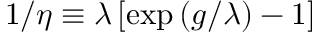
1 / \eta \equiv \lambda \left[ \exp \left( g / \lambda \right) - 1 \right]